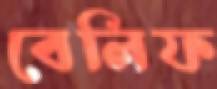
বেলিফ